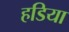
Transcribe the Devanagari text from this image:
हडिया